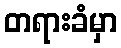
တရားခံမှာ